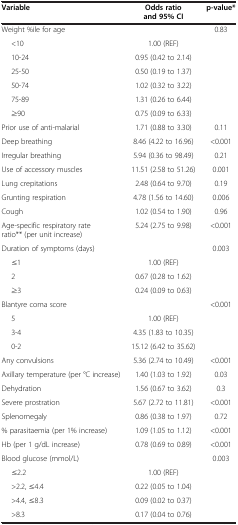
<table><thead><tr><td><b>Variable</b></td><td><b>Odds ratio and 95% CI</b></td><td><b>p-value*</b></td></tr></thead><tbody><tr><td>Weight %ile for age</td><td> </td><td>0.83</td></tr><tr><td>&lt;10</td><td>1.00 (REF)</td><td> </td></tr><tr><td>10-24</td><td>0.95 (0.42 to 2.14)</td><td> </td></tr><tr><td>25-50</td><td>0.50 (0.19 to 1.37)</td><td> </td></tr><tr><td>50-74</td><td>1.02 (0.32 to 3.22)</td><td> </td></tr><tr><td>75-89</td><td>1.31 (0.26 to 6.44)</td><td> </td></tr><tr><td>≥90</td><td>0.75 (0.09 to 6.33)</td><td> </td></tr><tr><td>Prior use of anti-malarial</td><td>1.71 (0.88 to 3.30)</td><td>0.11</td></tr><tr><td>Deep breathing</td><td>8.46 (4.22 to 16.96)</td><td>&lt;0.001</td></tr><tr><td>Irregular breathing</td><td>5.94 (0.36 to 98.49)</td><td>0.21</td></tr><tr><td>Use of accessory muscles</td><td>11.51 (2.58 to 51.26)</td><td>0.001</td></tr><tr><td>Lung crepitations</td><td>2.48 (0.64 to 9.70)</td><td>0.19</td></tr><tr><td>Grunting respiration</td><td>4.78 (1.56 to 14.60)</td><td>0.006</td></tr><tr><td>Cough</td><td>1.02 (0.54 to 1.90)</td><td>0.96</td></tr><tr><td>Age-specific respiratory rate ratio** (per unit increase)</td><td>5.24 (2.75 to 9.98)</td><td>&lt;0.001</td></tr><tr><td>Duration of symptoms (days)</td><td> </td><td>0.003</td></tr><tr><td>≤1</td><td>1.00 (REF)</td><td> </td></tr><tr><td>2</td><td>0.67 (0.28 to 1.62)</td><td> </td></tr><tr><td>≥3</td><td>0.24 (0.09 to 0.63)</td><td> </td></tr><tr><td>Blantyre coma score</td><td> </td><td>&lt;0.001</td></tr><tr><td>5</td><td>1.00 (REF)</td><td> </td></tr><tr><td>3-4</td><td>4.35 (1.83 to 10.35)</td><td> </td></tr><tr><td>0-2</td><td>15.12 (6.42 to 35.62)</td><td> </td></tr><tr><td>Any convulsions</td><td>5.36 (2.74 to 10.49)</td><td>&lt;0.001</td></tr><tr><td>Axillary temperature (per °C increase)</td><td>1.40 (1.03 to 1.92)</td><td>0.03</td></tr><tr><td>Dehydration</td><td>1.56 (0.67 to 3.62)</td><td>0.3</td></tr><tr><td>Severe prostration</td><td>5.67 (2.72 to 11.81)</td><td>&lt;0.001</td></tr><tr><td>Splenomegaly</td><td>0.86 (0.38 to 1.97)</td><td>0.72</td></tr><tr><td>% parasitaemia (per 1% increase)</td><td>1.09 (1.05 to 1.12)</td><td>&lt;0.001</td></tr><tr><td>Hb (per 1 g/dL increase)</td><td>0.78 (0.69 to 0.89)</td><td>&lt;0.001</td></tr><tr><td>Blood glucose (mmol/L)</td><td> </td><td>0.003</td></tr><tr><td>≤2.2</td><td>1.00 (REF)</td><td> </td></tr><tr><td>&gt;2.2, ≤4.4</td><td>0.22 (0.05 to 1.04)</td><td> </td></tr><tr><td>&gt;4.4, ≤8.3</td><td>0.09 (0.02 to 0.37)</td><td> </td></tr><tr><td>&gt;8.3</td><td>0.17 (0.04 to 0.76)</td><td> </td></tr></tbody></table>